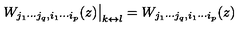
\qquad \left. W _ { j _ { 1 } \cdots j _ { q } , i _ { 1 } \cdots i _ { p } } ( z ) \right| _ { k \leftrightarrow l } = W _ { j _ { 1 } \cdots j _ { q } , i _ { 1 } \cdots i _ { p } } ( z ) \qquad